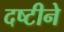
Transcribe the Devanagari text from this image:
दष्टीने